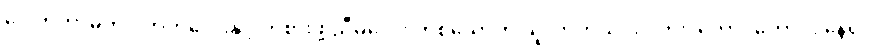
ဒေါက်တာမိက ဝိတ်ကလေးနှင့် ကစားဖို့ ညီမလေး တစ်ယောက် ယူလာတယ် သိလား၊ ကောင်ကောင်း နေရင်